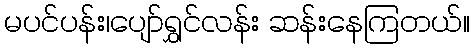
မပင်ပန်း၊ပျော်ရွှင်လန်း ဆန်းနေကြတယ်။